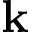
\textbf { k }